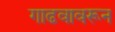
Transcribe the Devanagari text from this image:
गाढवावरून